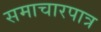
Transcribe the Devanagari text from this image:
समाचारपात्र